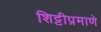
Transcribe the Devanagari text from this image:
शिट्टीप्रमाणे